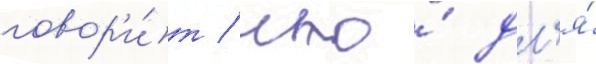
говор'и́т / что́ дл'я́